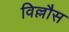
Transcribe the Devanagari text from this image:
विल्लौस